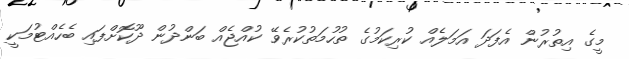
މީގެ އިތުރުން އެފަދަ އަމަލެއް ކުރިކަމުގެ ތުހުމަތުކުރެވޭ ކުއްޖެއް ބަންދުން ދޫކޮށްފައި ބެހެއްޓުމަކީ